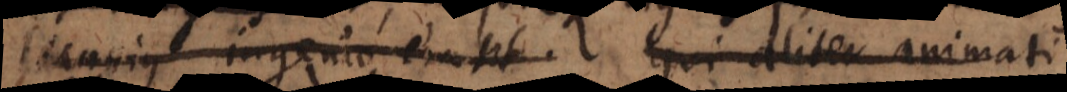
Jungius ingenio erunt. Qui aliter animati